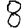
Digit: 8